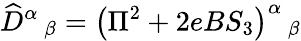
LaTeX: \widehat{D}^{\alpha}\, _{\beta}=\left(\Pi^{2}+2eBS_{3}\right)^{\alpha}\, _{\beta}